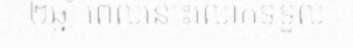
២ឆ្នាំ ពេលនោះលោកទទួល